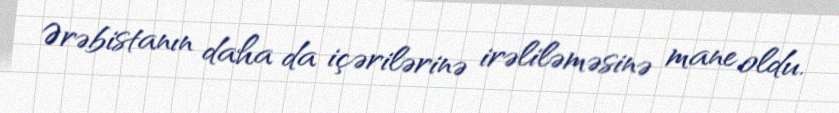
Ərəbistanın daha da içərilərinə irəliləməsinə mane oldu.